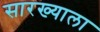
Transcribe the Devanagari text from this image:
सारख्याला